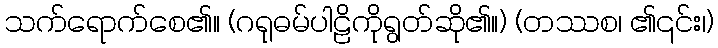
သက်ရောက်စေ၏။ (ဂရုဓမ်ပါဠိကိုရွတ်ဆို၏။) (တဿစ၊ ၏၎င်း၊)